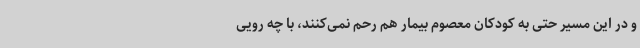
و در این مسیر حتی به کودکان معصوم بیمار هم رحم نمی‌کنند، با چه رویی